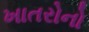
ખાતરોનો